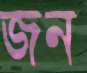
জন